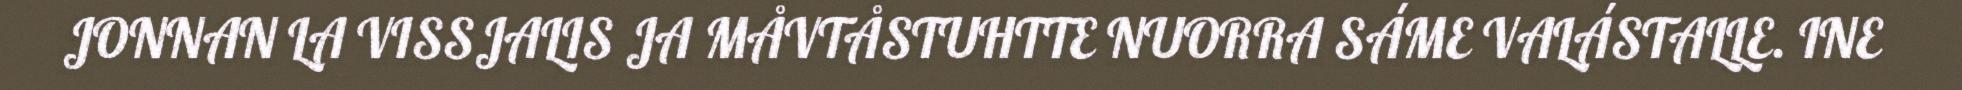
JONNAN LA VISSJALIS JA MÅVTÅSTUHTTE NUORRA SÁME VALÁSTALLE. INE